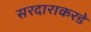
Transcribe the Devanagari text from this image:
सरदाराकरडे